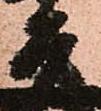
吉